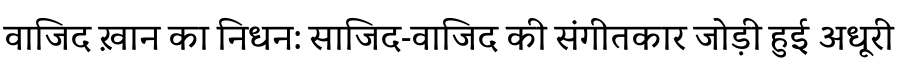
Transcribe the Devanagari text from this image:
वाजिद ख़ान का निधन: साजिद-वाजिद की संगीतकार जोड़ी हुई अधूरी